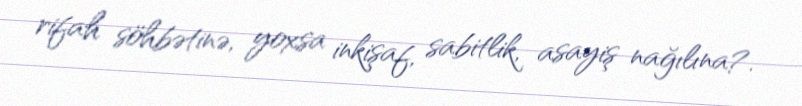
rifah söhbətinə, yoxsa inkişaf, sabitlik, asayiş nağılına?.